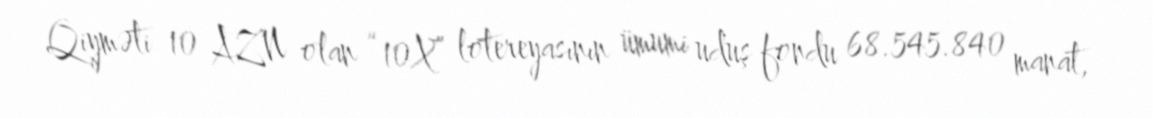
Qiyməti 10 AZN olan “10X” lotereyasının ümumi uduş fondu 68.545.840 manat,